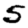
Digit: 5